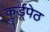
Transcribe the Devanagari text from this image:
कु्र्डूपेठ